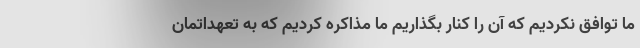
ما توافق نکردیم که آن را کنار بگذاریم ما مذاکره کردیم که به تعهداتمان